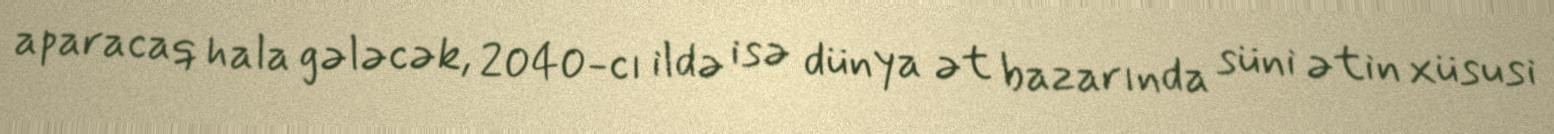
aparacaq hala gələcək, 2040-cı ildə isə dünya ət bazarında süni ətin xüsusi